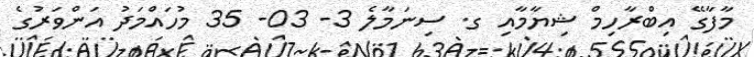
މާފާގޭ އިބްރާހިމް ޝިޔާމާއި ގ. ސިނަމާލެ 3- 03- 35 މުހައްމަދު އަންވަރުގެ